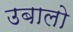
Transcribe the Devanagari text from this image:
उबालो